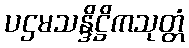
ပဌမသန္ဒိဋ္ဌိကသုတ္တံ